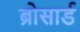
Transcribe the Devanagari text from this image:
ब्रोसार्ड